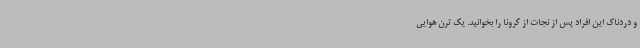
و دردناک این افراد پس از نجات از کرونا را بخوانید. یک ترن‌ هوایی